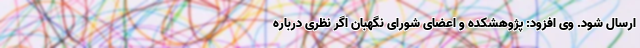
ارسال شود. وی افزود: پژوهشکده و اعضای شورای نگهبان اگر نظری درباره